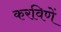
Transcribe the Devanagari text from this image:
करविणें